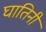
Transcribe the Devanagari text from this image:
घातिनी